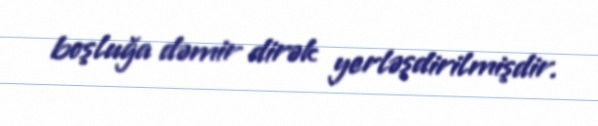
boşluğa dəmir dirək yerləşdirilmişdir.